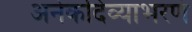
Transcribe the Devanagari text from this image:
अनेकदिव्याभरणं